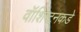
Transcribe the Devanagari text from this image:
वॉशिंग्टनकडे